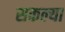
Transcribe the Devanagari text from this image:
सकल्या